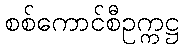
စစ်ကောင်စီဥက္ကဋ္ဌ